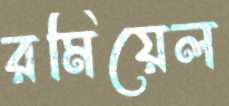
রমিয়েল